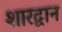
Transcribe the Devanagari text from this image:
शारद्वान